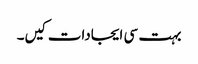
بہت سی ایجادات کیں۔